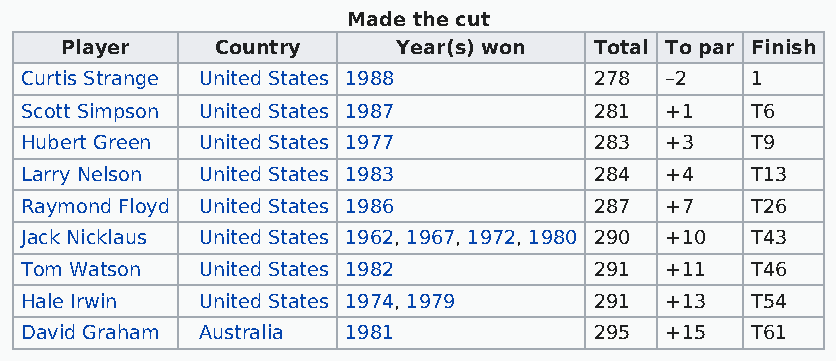
Made the cut
 Player    Country     Year(s) won  Total To par Finish
 Curtis Strange United States 1988     278  –2    1
 Scott Simpson United States 1987      281  +1    T6
 Hubert Green United States 1977       283  +3    T9
 Larry Nelson United States 1983       284  +4    T13
 Raymond Floyd United States 1986      287  +7    T26
 Jack Nicklaus United States 1962, 1967, 1972, 1980 290 +10 T43
 Tom Watson  United States 1982        291  +11   T46
 Hale Irwin  United States 1974, 1979  291  +13   T54
 David Graham Australia 1981           295  +15   T61